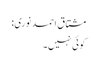
مشتاق احمد نوری:
کوئی نہیں۔